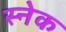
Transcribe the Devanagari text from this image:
स्‍नेक